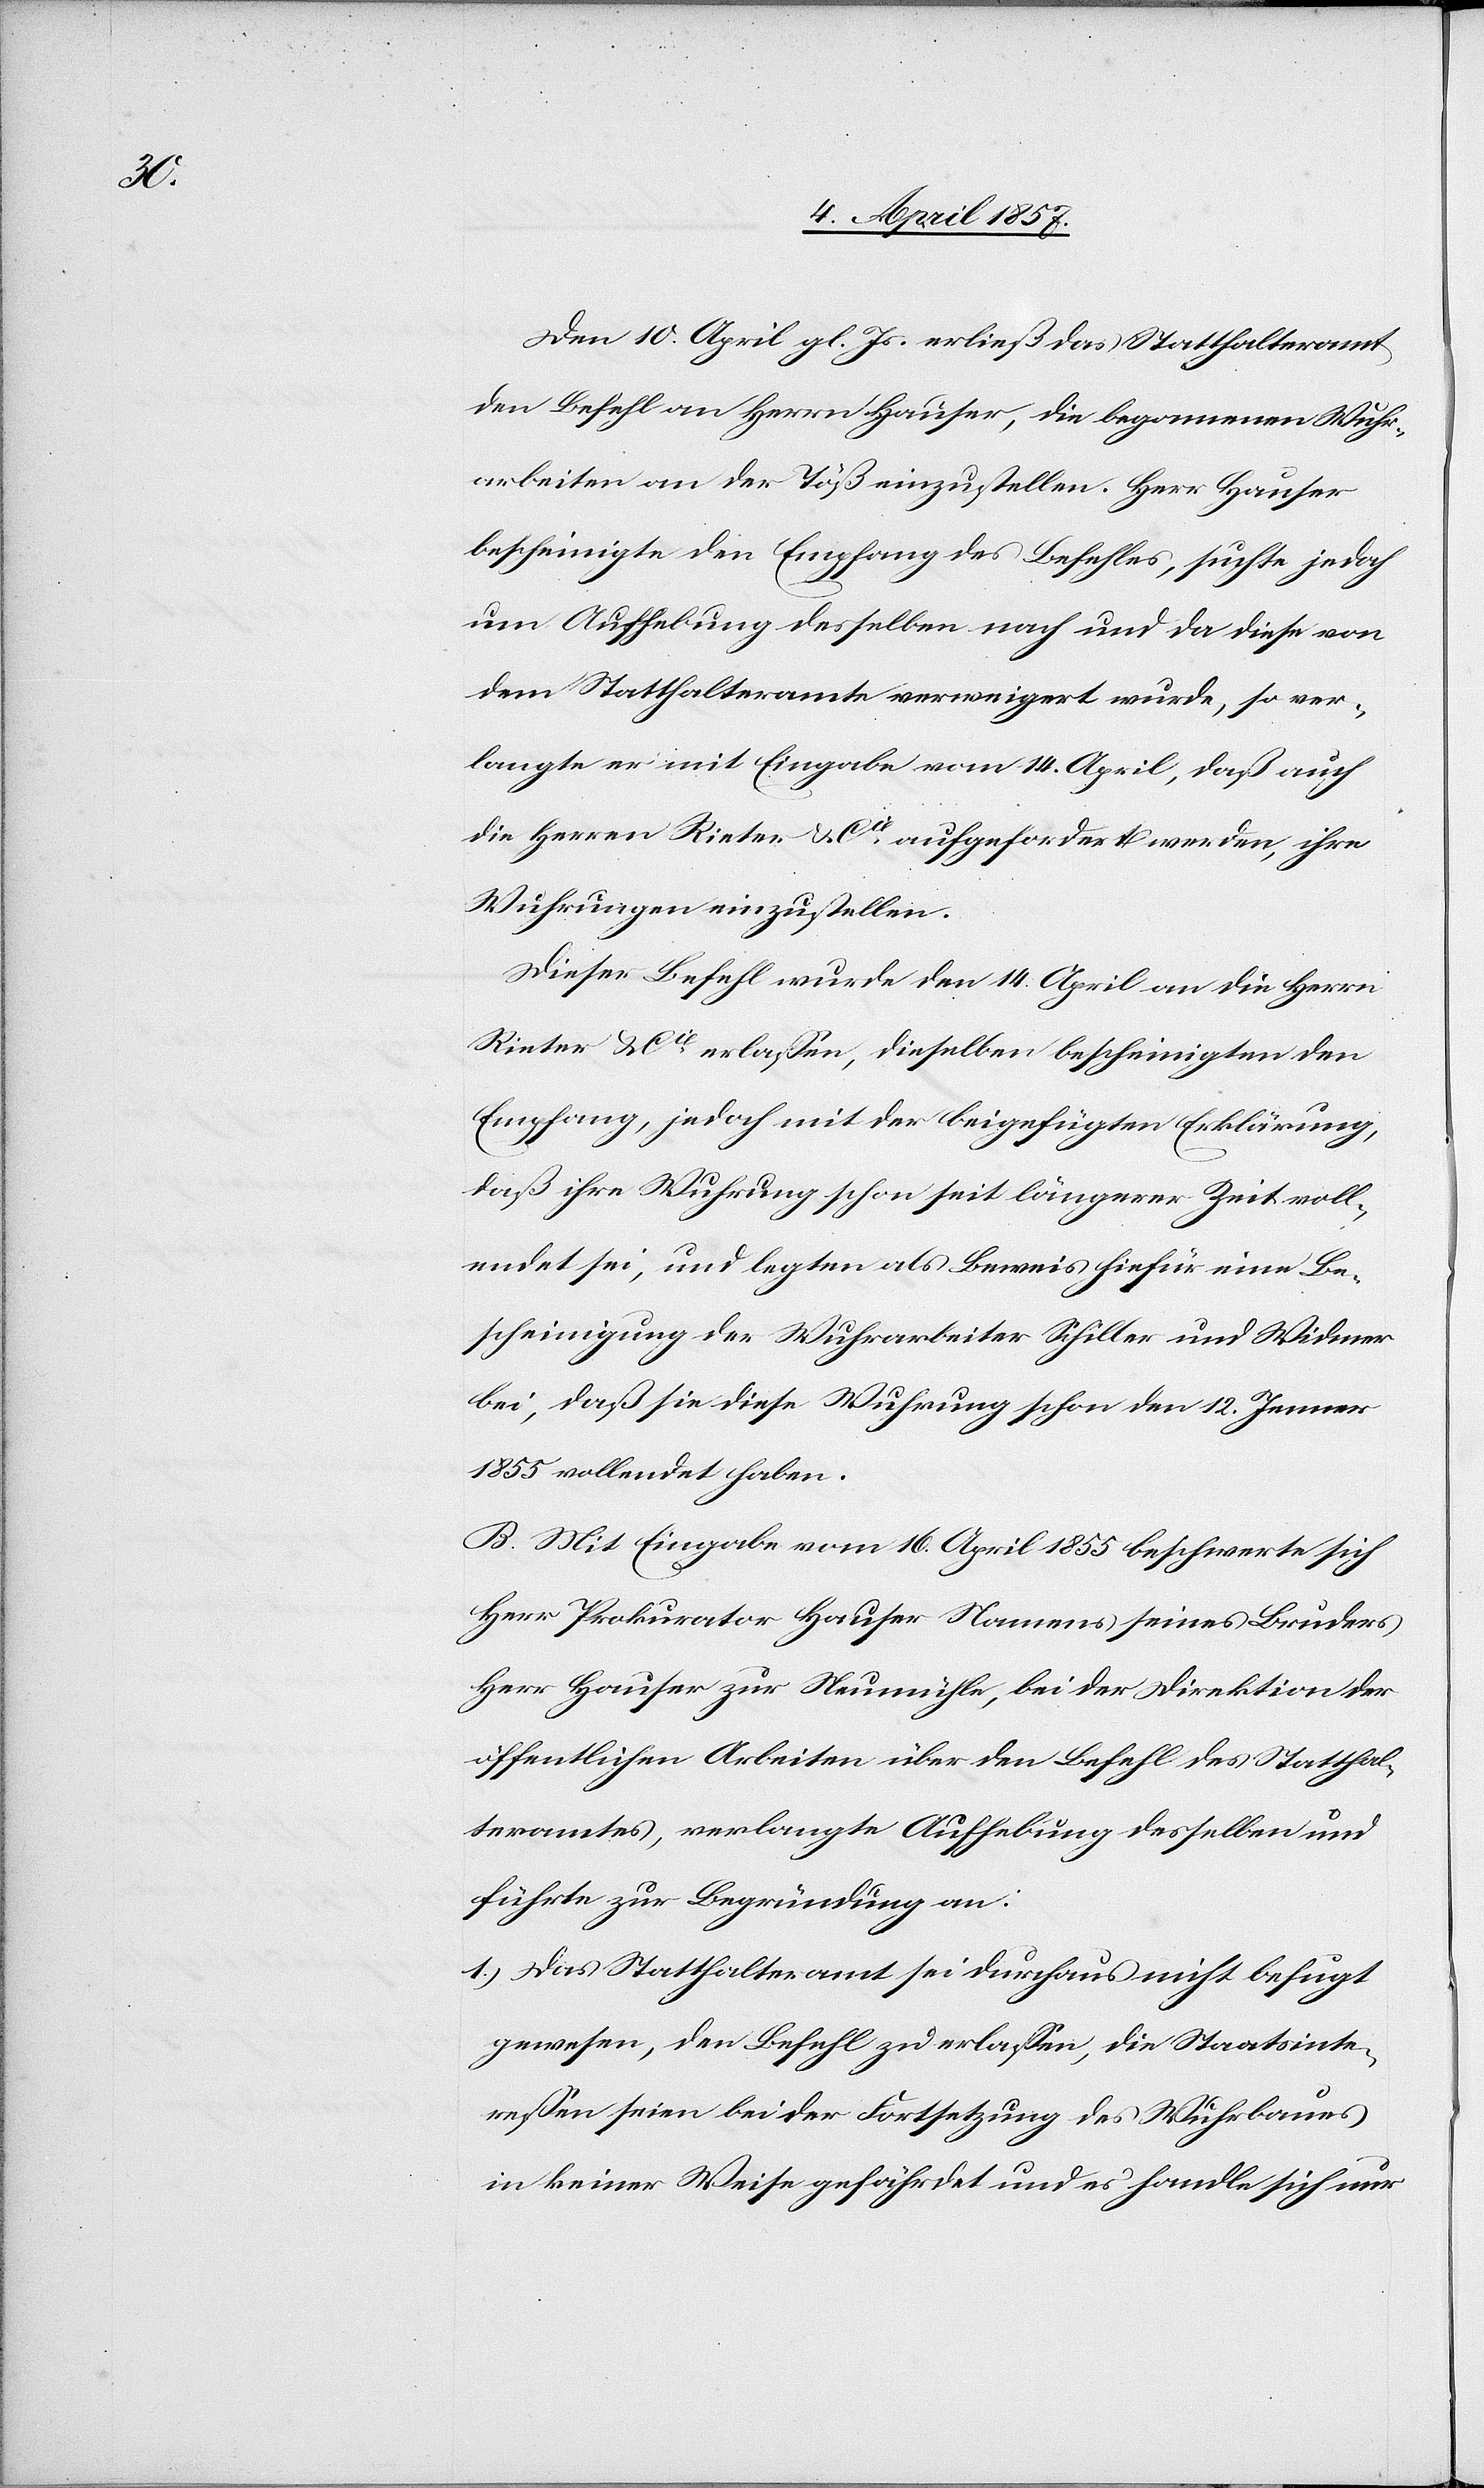
Den 10. April gl. Js. erließ das Statthalteramt
den Befehl an Herrn Hauser, die begonnenen Wuhr¬
arbeiten an der Töß einzustellen. Herr Hauser
bescheinigte den Empfang des Befehles, suchte jedoch
um Aufhebung desselben nach und da diese von
dem Statthalteramte verweigert wurde, so ver¬
langte er mit Eingabe vom 14. April, daß auch
die Herren Rieter & Cie aufgefordert werden, ihre
Wuhrungen einzustellen.
Dieser Befehl wurde den 14. April an die Herrn
Rieter & Cie erlassen, dieselben bescheinigten den
Empfang, jedoch mit der beigefügten Erklärung,
daß ihre Wuhrung schon seit längerer Zeit voll¬
endet sei, und legten als Beweis hiefür eine Be¬
scheinigung der Wuhrarbeiter Schiller und Widmer
bei, daß sie diese Wuhrung schon den 12. Jenner
1855 vollendet haben.
B. Mit Eingabe vom 16. April 1855 beschwerte sich
Herr Prokurator Hauser Namens seines Bruders
Herr Hauser zur Neumühle, bei der Direktion der
öffentlichen Arbeiten über den Befehl des Statthal¬
teramtes, verlangte Aufhebung desselben und
führte zur Begründung an:
1.) Das Statthalteramt sei durchaus nicht befugt
gewesen, den Befehl zu erlassen, die Staatsinte¬
ressen seien bei der Fortsetzung des Wuhrbaues
in keiner Weise gefährdet und es handle sich nur